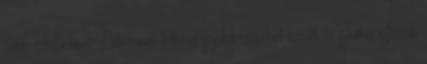
több Michael Biberauer lelkész gyülekezetéből került ki Julius Jacob